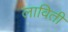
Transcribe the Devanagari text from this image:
लाविती